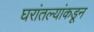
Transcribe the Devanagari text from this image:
घरांतल्यांकडून